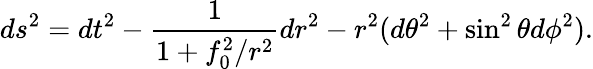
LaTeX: ds^{2}=dt^{2}-\frac{1}{1+f_{0}^{2}/r^{2}}dr^{2}-r^{2}(d\theta^{2}+\sin^{2}\theta d\phi^{2}).